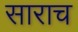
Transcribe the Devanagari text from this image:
साराच